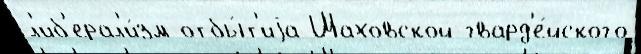
л'иб'ерал'и́зм отбы́т'иjа Шаховской гвард'е́йского